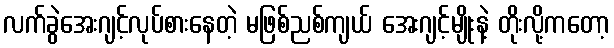
လက်ခွဲအေးဂျင့်လုပ်စားနေတဲ့ မဖြစ်ညစ်ကျယ် အေးဂျင့်မျိုးနဲ့ တိုးလို့ကတော့